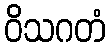
ဝိသဂတံ